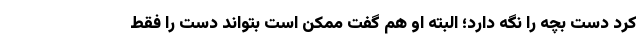
کرد دست بچه را نگه دارد؛ البته او هم گفت ممکن است بتواند دست را فقط